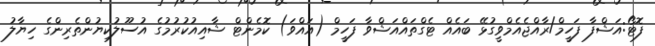
ފޮޓޯ:އަޝްފާ ފަހީމް/ރާއްޖެއެމްވީގުޅޭ ބައެއް ޓެގްތައްއަޝްވާ ފަހީމް (އައްވަ) ކޮމެންޓް ޝާއިއުކުރުމުގެ އުސޫލުކިޔުންތެރިންގެ ހިޔާލު